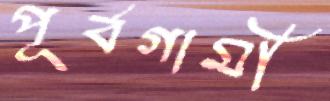
পূর্বগামী